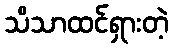
သိသာထင်ရှားတဲ့